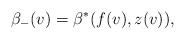
\begin{align*} \beta_-(v)=\beta^\ast(f(v),z(v)),\end{align*}